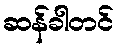
ဆန်ခါတင်